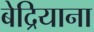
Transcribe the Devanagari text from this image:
बेद्रियाना